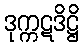
ဒုက္ကဋဒိဋ္ဌိ